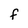
Character: F